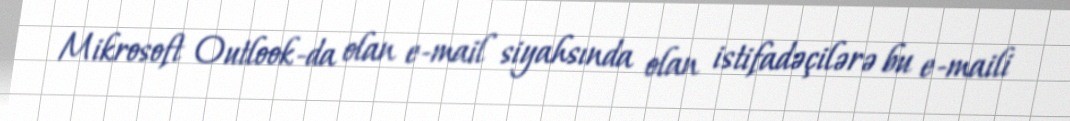
Mikrosoft Outlook-da olan e-mail siyahsında olan istifadəçilərə bu e-maili